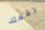
رقمك